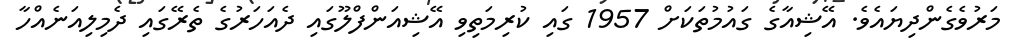
މަރުވެގެންދިޔައެވެ. އޭޝިއާގެ ގައުމުތަކަށް 1957 ގައި ކުރިމަތިވި އޭޝިއަންފްލޫގައި ދެއަހަރުގެ ތެރޭގައި ދެމިލިއަނެއްހާ